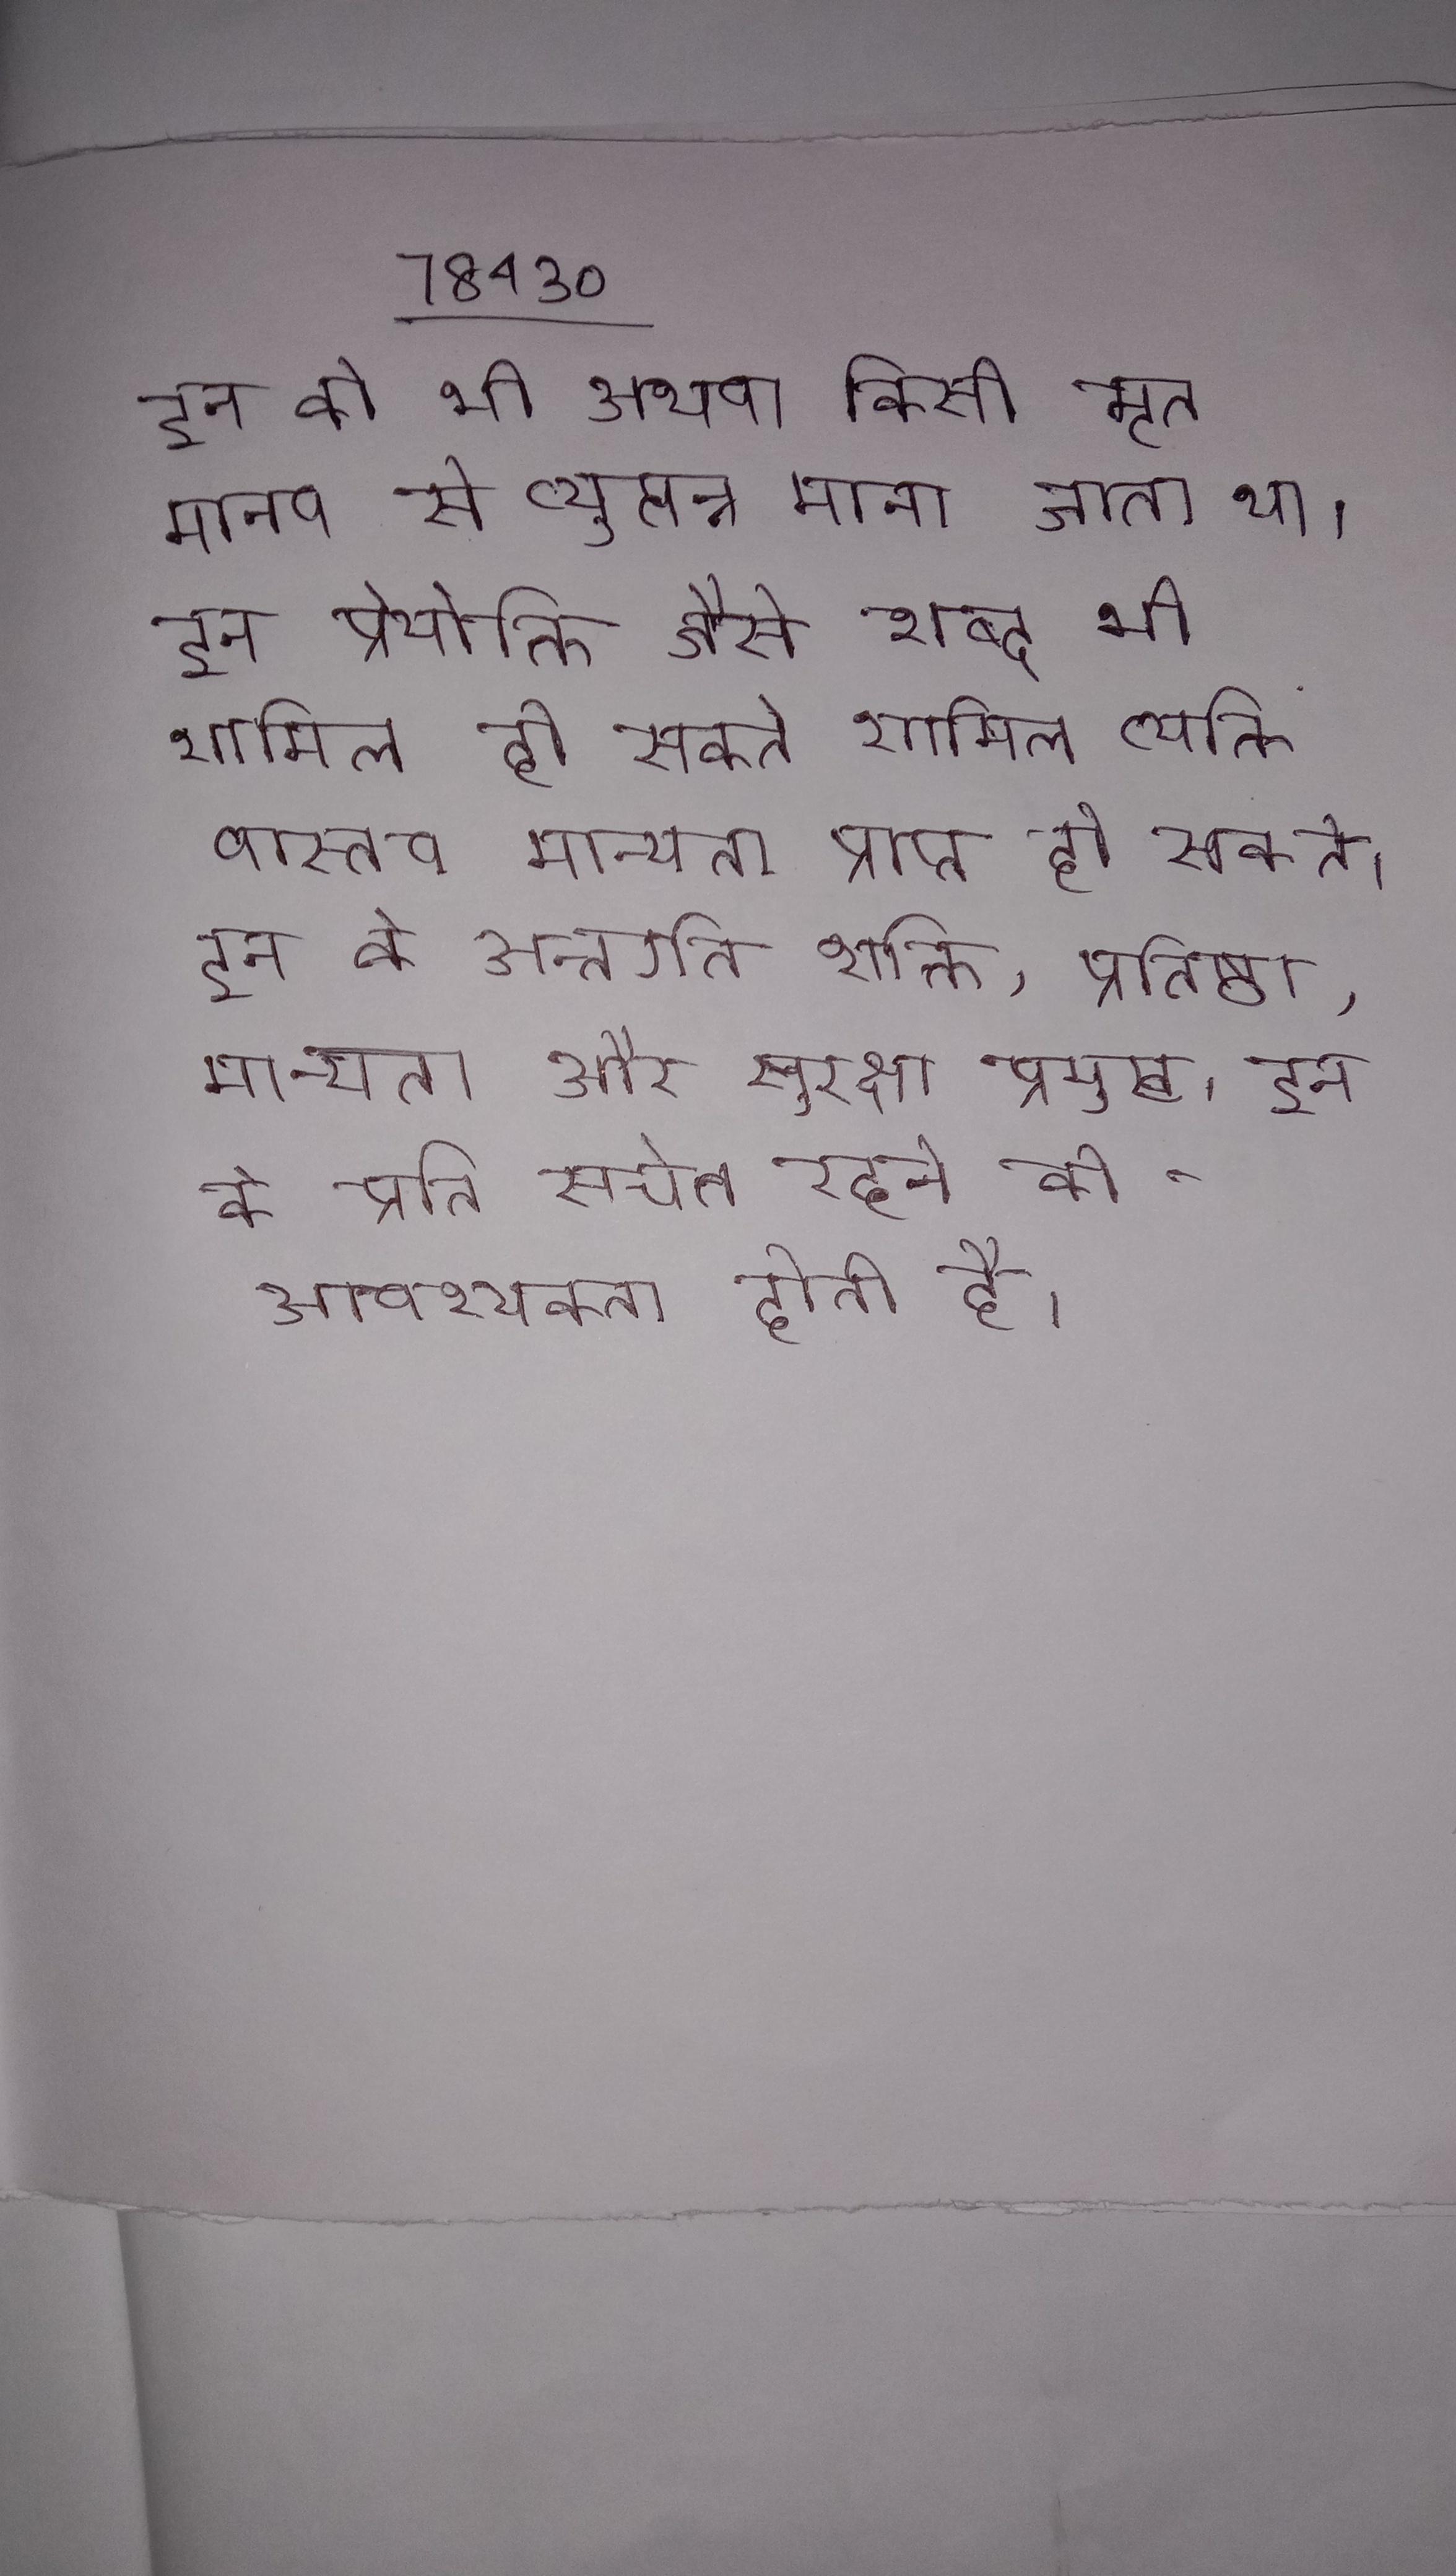
इन को भी अथवा किसी मृत मानव से व्युत्पन्न माना जाता था । इन प्रेयोक्ति जैसे शब्द भी शामिल हो सकते शामिल व्यक्ति वास्तव मान्यता प्राप्त हो सकते । इन के अन्तर्गत शक्ति, प्रतिष्ठा, मान्यता और सुरक्षा प्रमुख । इन के प्रति सचेत रहने की आवश्यकता होती है ।